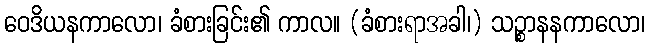
ဝေဒိယနကာလော၊ ခံစားခြင်း၏ ကာလ။ (ခံစားရာအခါ၊) သဉ္စာနနကာလော၊